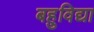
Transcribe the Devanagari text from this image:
बहुविद्या